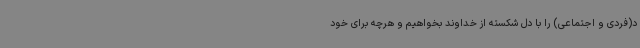
د(فردی و اجتماعی) را با دل شکسته از خداوند بخواهیم و هرچه برای خود